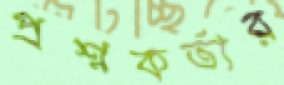
প্রশ্নকর্তার